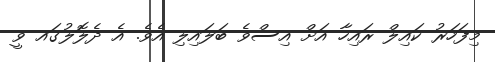
މިފަހަރު ކައިލް ރައިހާ އަށް އިސްވެ ބަލައިލި އެވެ. އެ ދެލޮލުގައ ވީ